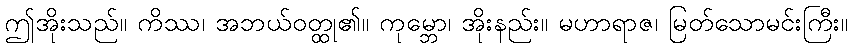
ဤအိုးသည်။ ကိဿ၊ အဘယ်ဝတ္ထု၏။ ကုမ္ဘော၊ အိုးနည်း။ မဟာရာဇ၊ မြတ်သောမင်းကြီး။